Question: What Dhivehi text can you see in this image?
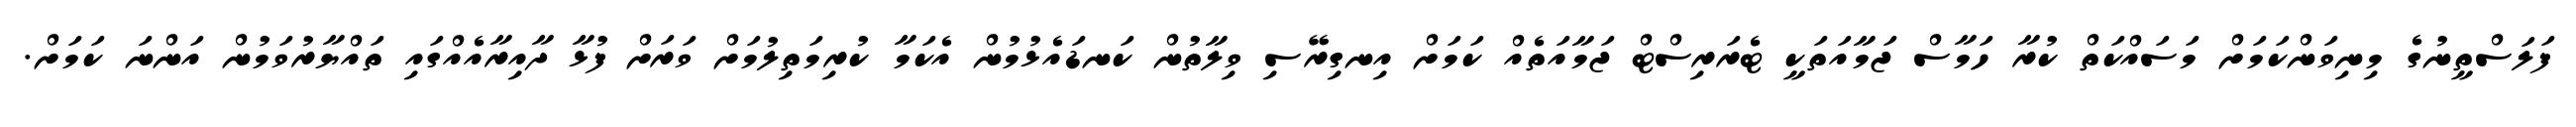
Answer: ފަލަސްތީނުގެ މިނިވަންކަމަށް މަސައްކަތް ކުރާ ހަމާސް ޖަމާއަތަކީ ޓެރަރިސްޓް ޖަމާއަތެއް ކަމަށް އިނގިރޭސި ވިލާތުން ކަނޑައެޅުމުން އެކަމާ ކުރިމަތިލުމަށް ވަރަށް ފުޅާ ދާއިރާއެއްގައި ތައްޔާރުވަމުން އަންނަ ކަމަށް.